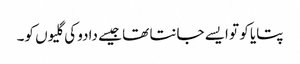
پتایا کو تو ایسے جانتا تھا جیسے دادو کی گلیوں کو۔